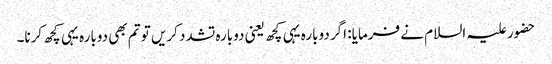
حضور علیہ السلام نے فرمایا: اگر دوبارہ یہی کچھ یعنی دوبارہ تشدد کریں تو تم بھی دوبارہ یہی کچھ کرنا۔